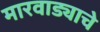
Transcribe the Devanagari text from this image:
मारवाड्याचे